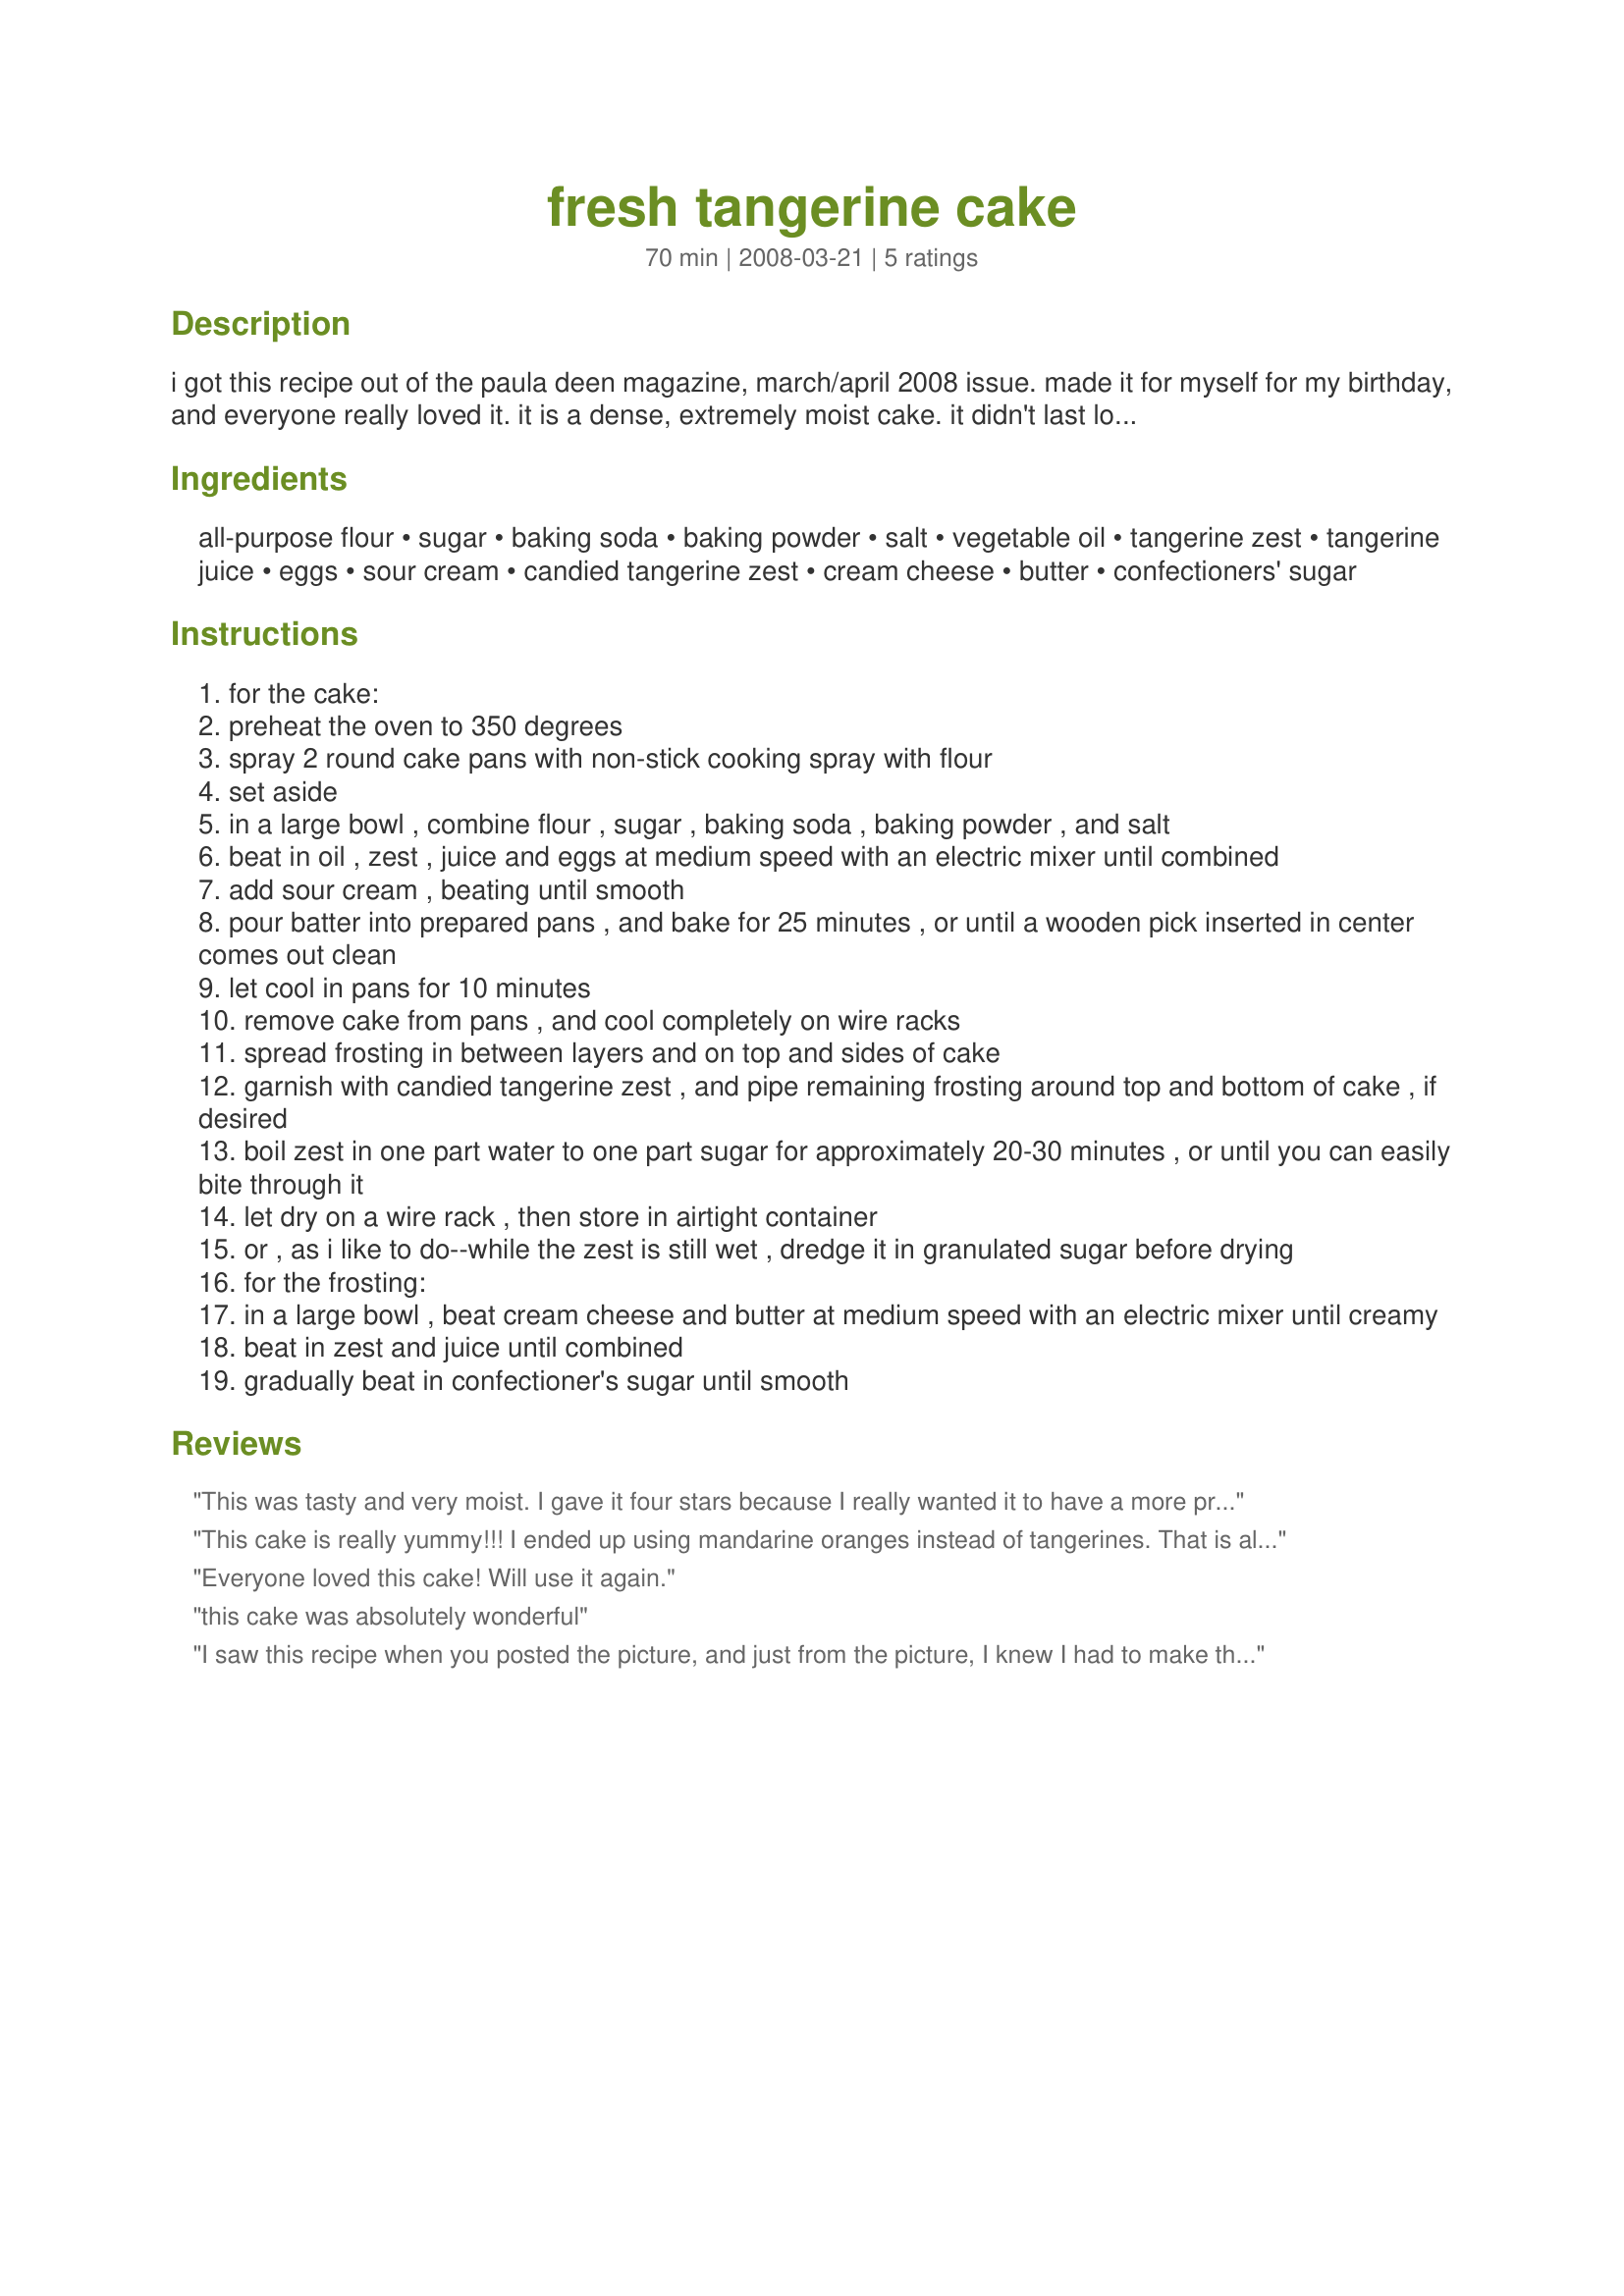
fresh tangerine cake
Preparation time: 70 minutes

i got this recipe out of the paula deen magazine, march/april 2008 issue. made it for myself for my birthday, and everyone really loved it. it is a dense, extremely moist cake. it didn't last long at all when i broke it out. for me, i would say it could stand a bit more tangerine flavor, but it was quite good. i wonder if adding orange extract to the batter would make a difference? maybe next time. . . i also think you could substitute any other kind of citrus, equal amounts, with the same delicious results.

Ingredients:
all-purpose flour, sugar, baking soda, baking powder, salt, vegetable oil, tangerine zest, tangerine juice, eggs, sour cream, candied tangerine zest, cream cheese, butter, confectioners' sugar

Steps:
for the cake:
preheat the oven to 350 degrees
spray 2 round cake pans with non-stick cooking spray with flour
set aside
in a large bowl , combine flour , sugar , baking soda , baking powder , and salt
beat in oil , zest , juice and eggs at medium speed with an electric mixer until combined
add sour cream , beating until smooth
pour batter into prepared pans , and bake for 25 minutes , or until a wooden pick inserted in center comes out clean
let cool in pans for 10 minutes
remove cake from pans , and cool completely on wire racks
spread frosting in between layers and on top and sides of cake
garnish with candied tangerine zest , and pipe remaining frosting around top and bottom of cake , if desired
boil zest in one part water to one part sugar for approximately 20-30 minutes , or until you can easily bite through it
let dry on a wire rack , then store in airtight container
or , as i like to do--while the zest is still wet , dredge it in granulated sugar before drying
for the frosting:
in a large bowl , beat cream cheese and butter at medium speed with an electric mixer until creamy
beat in zest and juice until combined
gradually beat in confectioner's sugar until smooth

Reviews:
This was tasty and very moist. I gave it four stars because I really wanted it to have a more pronounced tangerine flavor. I cut the recipe in half and it made 16 cupcakes.
This cake is really yummy!!! I ended up using mandarine oranges instead of tangerines. That is all that was available at the store. The frosting is sooooo good. And the cake is just delicious, but I had hoped it might have more tangerine flavor, but that might be because of the mandarines. I will definately make this again!!!
Everyone loved this cake! Will use it again.
this cake was absolutely wonderful
I saw this recipe when you posted the picture, and just from the picture, I knew I had to make this. I followed the recipe exactly. And like you, I would up cooking mine 45 minutes, but I will do it 40 minutes next time. This was exactly as you described it. Moist and dense. I used my microplane to zest the tangerines (one tangerine gave me one TBLS of zest). I also used my electric juicer which really made life easy. I shared this with my co workers and everyone was licking their lips. I did take a picture, but it looked so much like yours I didn't post it. Thank you for sharing this truely unique cake recipe. I do plan on trying it with Lemons and grapefruit.
